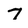
Character: 7